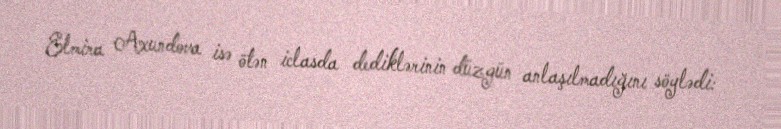
Elmira Axundova isə ötən iclasda dediklərinin düzgün anlaşılmadığını söylədi: